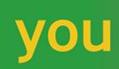
you